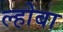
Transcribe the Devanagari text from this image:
ल्होबा